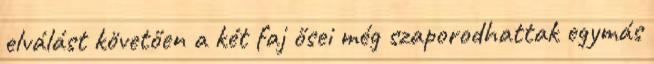
elválást követően a két faj ősei még szaporodhattak egymás